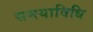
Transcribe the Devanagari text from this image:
समयाविधि